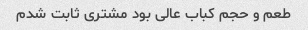
طعم و حجم کباب عالی بود مشتری ثابت شدم